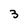
Character: 3